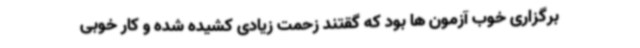
برگزاری خوب آزمون ها بود که گقتند زحمت زیادی کشیده شده و کار خوبی